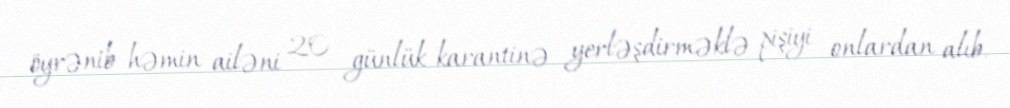
öyrənib həmin ailəni 20 günlük karantinə yerləşdirməklə pişiyi onlardan alıb.